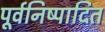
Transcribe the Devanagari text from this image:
पूर्वनिष्पादित